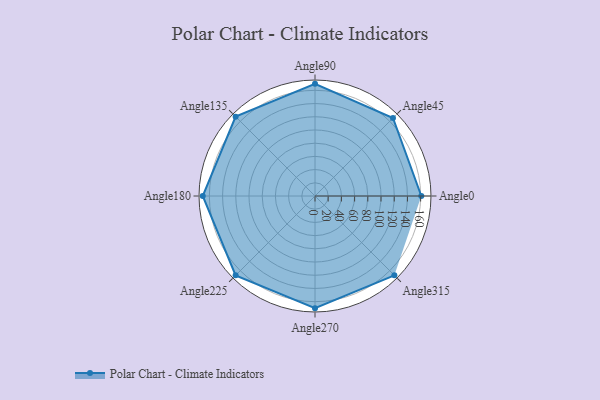
{"axis": {"x": "Angle", "y": "Radius"}, "legend": [""], "data": [{"x": "Angle0", "y": 161.0, "type": ""}, {"x": "Angle45", "y": 167.0, "type": ""}, {"x": "Angle90", "y": 170, "type": ""}, {"x": "Angle135", "y": 170, "type": ""}, {"x": "Angle180", "y": 170, "type": ""}, {"x": "Angle225", "y": 170, "type": ""}, {"x": "Angle270", "y": 170, "type": ""}, {"x": "Angle315", "y": 170, "type": ""}]}